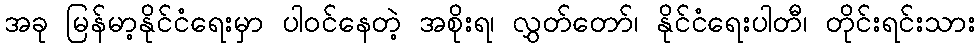
အခု မြန်မာ့နိုင်ငံရေးမှာ ပါဝင်နေတဲ့ အစိုးရ၊ လွှတ်တော်၊ နိုင်ငံရေးပါတီ၊ တိုင်းရင်းသား